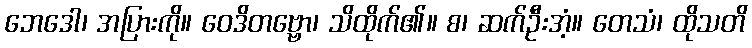
ဘေဒေါ၊ အပြားကို။ ဝေဒိတဗ္ဗော၊ သိထိုက်၏။ စ၊ ဆက်ဦးအံ့။ တေသံ၊ ထိုသတိ